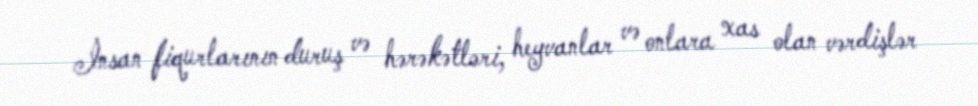
İnsan fiqurlarının duruş və hərəkətləri, heyvanlar və onlara xas olan vərdişlər